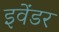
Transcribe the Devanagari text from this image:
इवेंडर